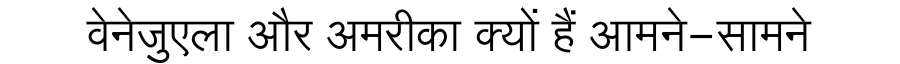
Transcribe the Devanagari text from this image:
वेनेजुएला और अमरीका क्यों हैं आमने-सामने